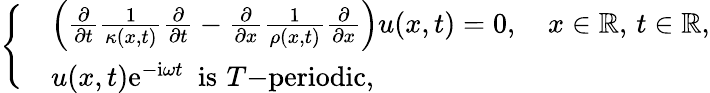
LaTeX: \left\{ \begin{array}{rl}&{\left(\frac{\partial}{\partial t}\frac{1}{\kappa(x,t)}\frac{\partial}{\partial t}-\frac{\partial}{\partial x}\frac{1}{\rho(x,t)}\frac{\partial}{\partial x}\right)u(x,t)=0,\quad x\in\mathbb{R},\, t\in\mathbb{R},}\\ &{u(x,t)\mathrm{e}^{-\mathrm{i}\omega t}\, \, \, \mathrm{is}\, \, T\mathrm{-periodic},}\end{array}\right.